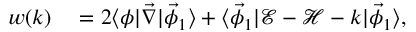
\begin{array} { r l } { w ( k ) } & { { } = 2 \langle \phi \lvert \vec { \nabla } \rvert \vec { \phi } _ { 1 } \rangle + \langle \vec { \phi } _ { 1 } \lvert \mathcal { E } - \mathcal { H } - k \rvert \vec { \phi } _ { 1 } \rangle , } \end{array}